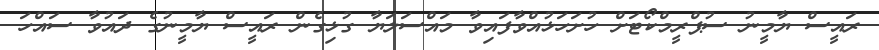
ރައީސް ޔާމީނު ސުޕްރީމްކޯޓަށް ހުށަހަޅުއްވާފައިވާ މައްސަލަޔާ ގުޅިގެން ރައީސް ޔާމީނުގެ ދައުވާ ސައްހަ